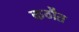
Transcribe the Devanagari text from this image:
कठौत